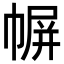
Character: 幈